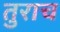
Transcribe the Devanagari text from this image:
तुराच